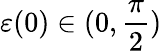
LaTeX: \varepsilon(0)\in(0,\frac{\pi}{2})